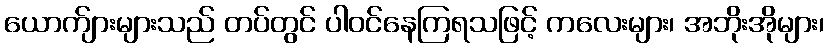
ယောက်ျားများသည် တပ်တွင် ပါဝင်နေကြရသဖြင့် ကလေးများ၊ အဘိုးအိုများ၊